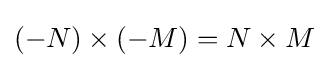
(-N)\times (-M)=N\times M